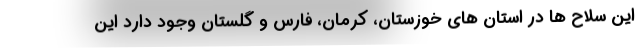
این سلاح ها در استان های خوزستان، کرمان، فارس و گلستان وجود دارد این